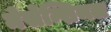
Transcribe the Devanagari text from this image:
मेसेन्शिमल